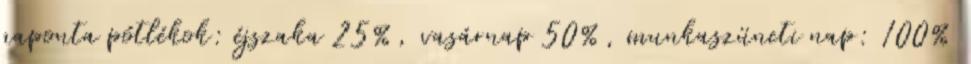
naponta pótlékok: éjszaka 25%, vasárnap 50%, munkaszüneti nap: 100%